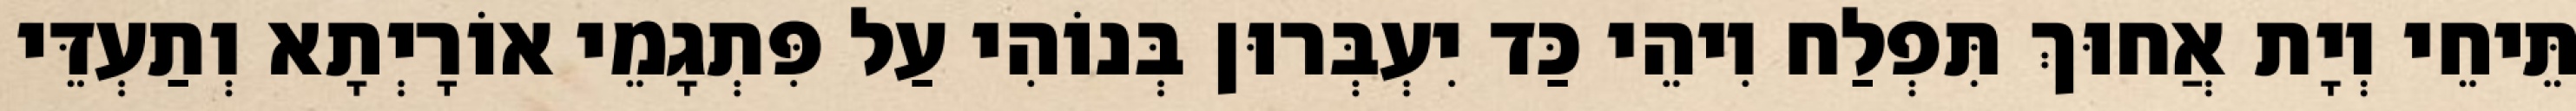
תֵּיחֵי וְיָת אֲחוּךְ תִּפְלַח וִיהֵי כַּד יִעְבְּרוּן בְּנוֹהִי עַל פִּתְגָמֵי אוֹרָיְתָא וְתַעְדֵּי